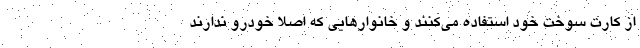
از کارت سوخت خود استفاده می‌کنند و خانوار‌هایی که اصلاً خودرو ندارند